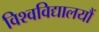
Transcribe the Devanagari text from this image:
विश्वविद्यालयौं